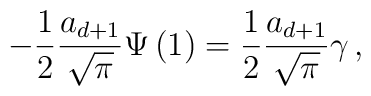
-\frac 1 2\frac{a_{d+1}}{\sqrt{\pi}}\Psi \left( 1\right)  =\frac 1 2\frac{a_{d+1}}{\sqrt{\pi}}\gamma\,,